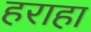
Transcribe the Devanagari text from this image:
हराहा